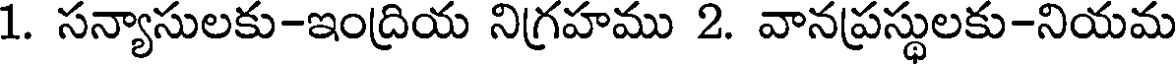
1. సన్యాసులకు-ఇంద్రియ నిగ్రహము 2. వానప్రస్థులకు-నియమ